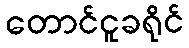
တောင်ငူခရိုင်